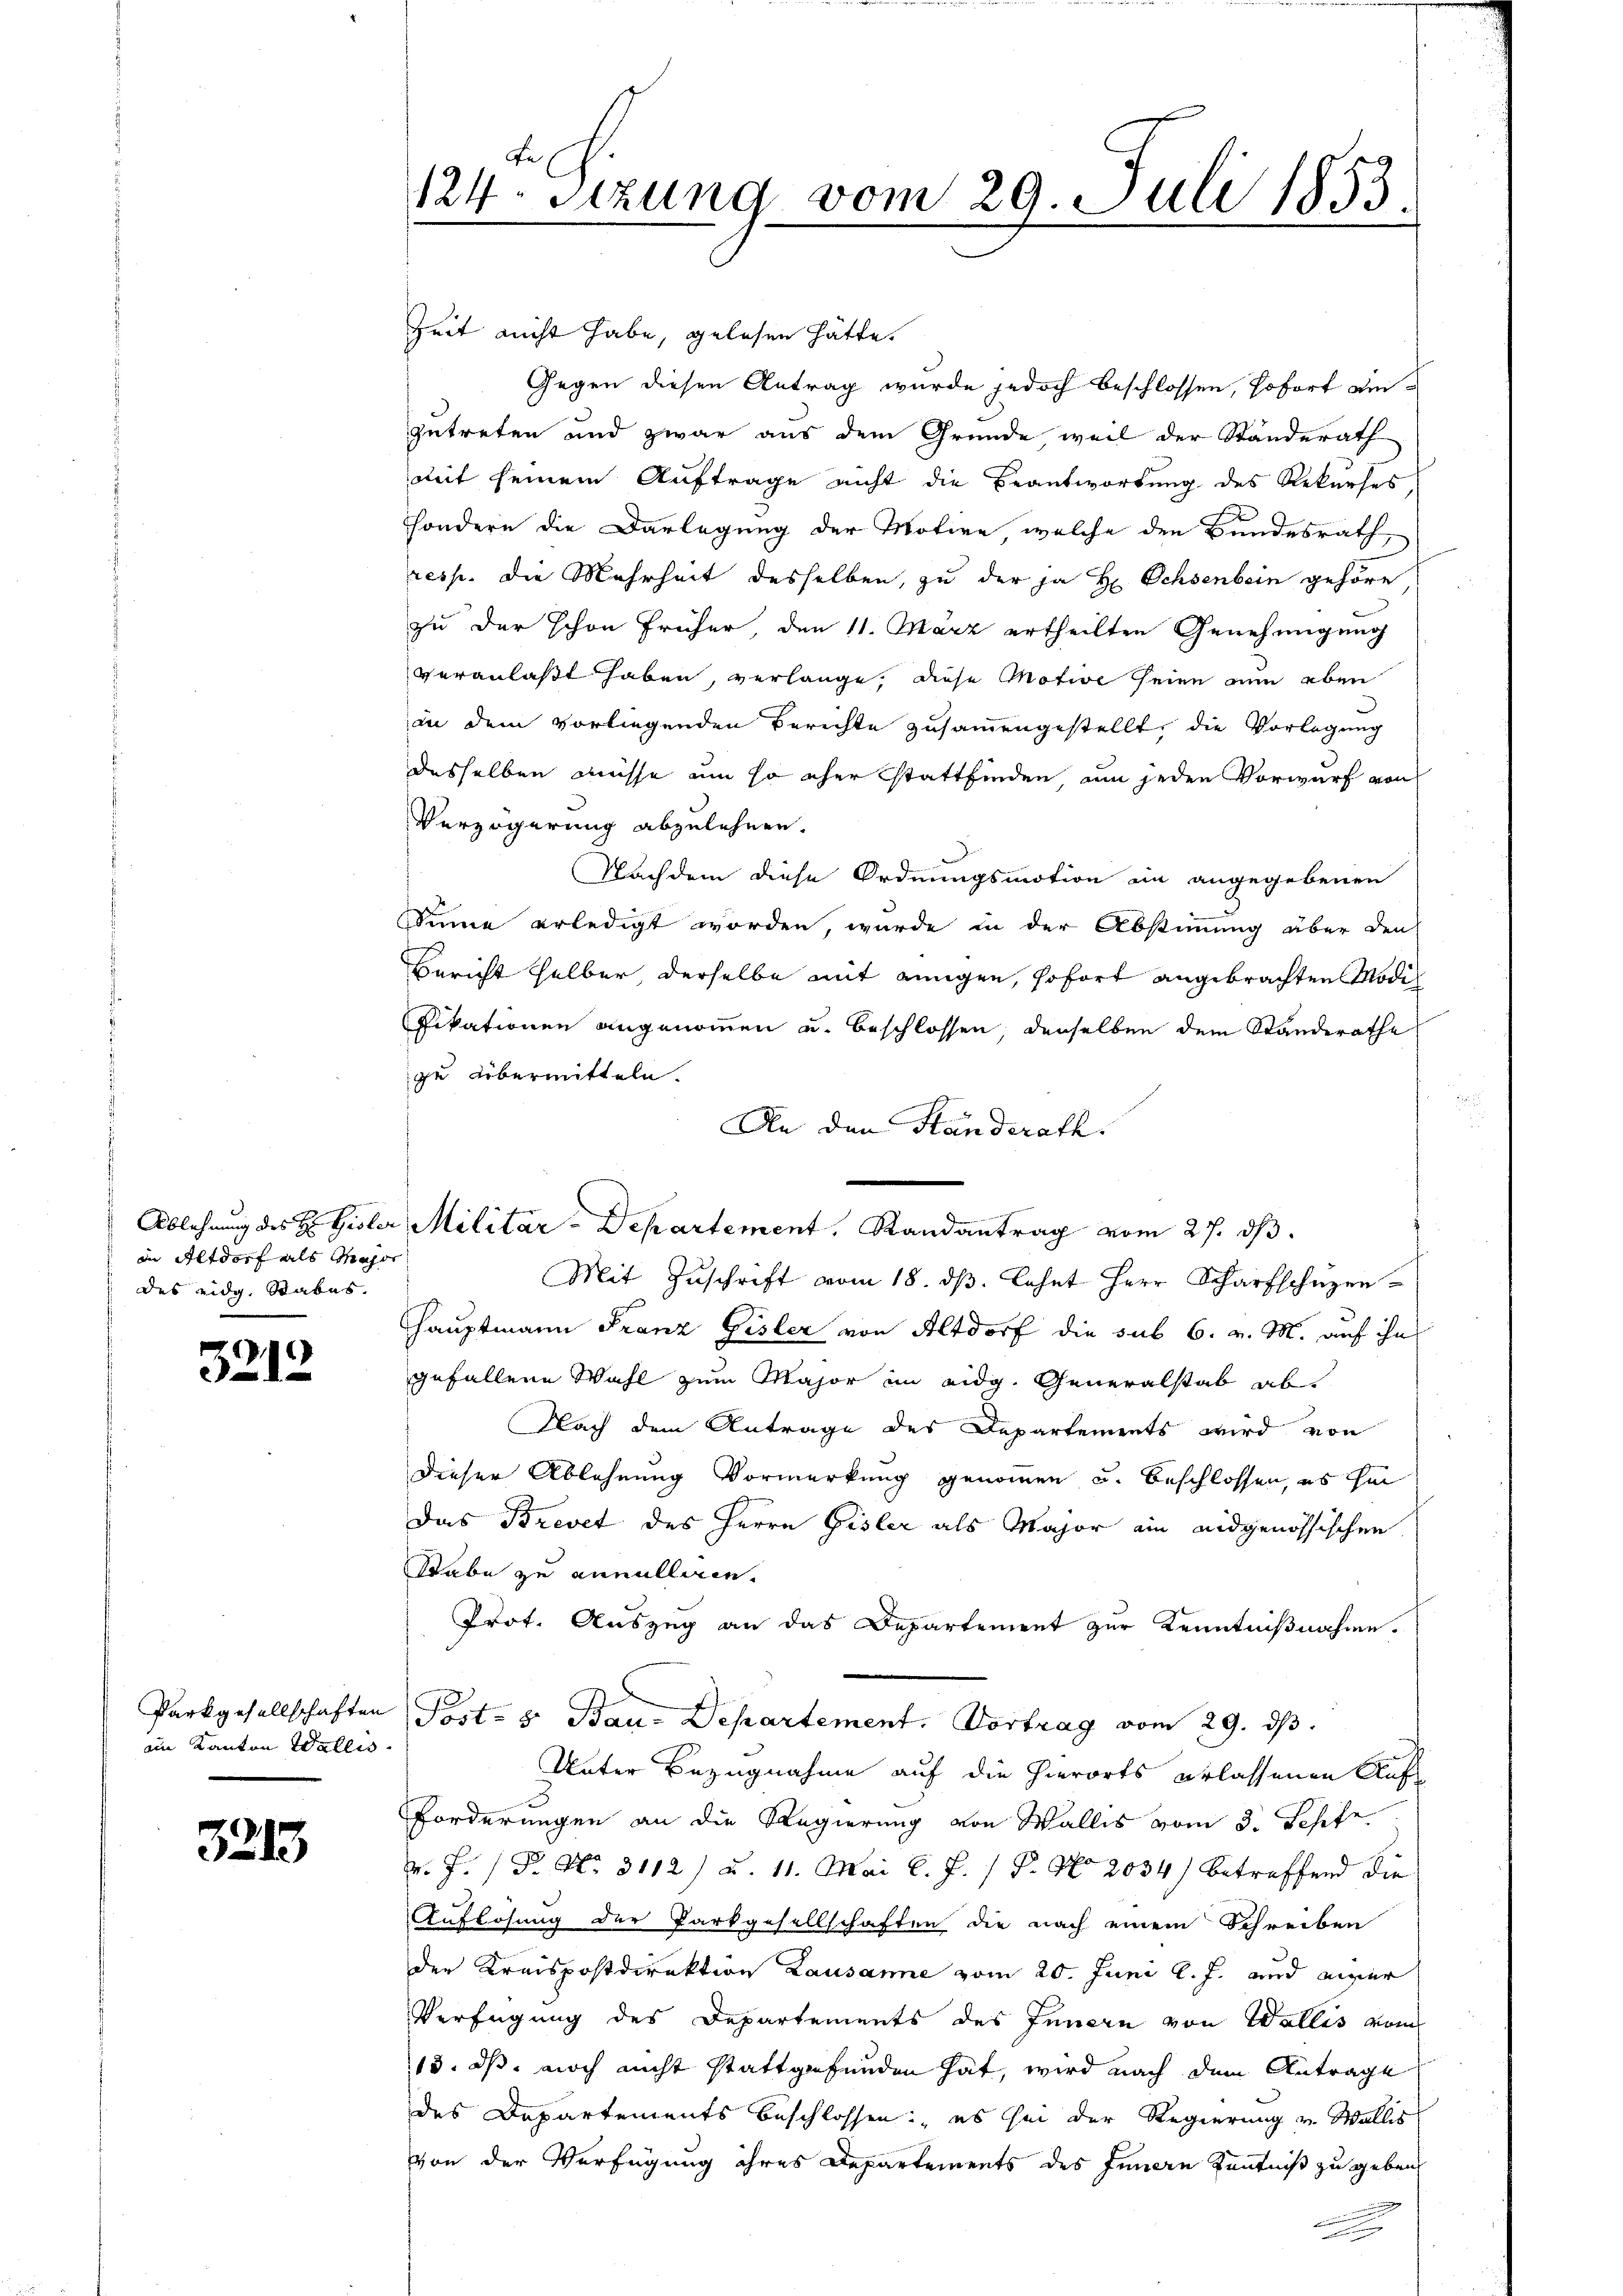
in Altdorf als Major
des eidg. Stabes.

5212

ain Kanton Wallis.

3213

Zeit nicht habe, gelesen hätte.
Gegen diesen Antrag wurde jedoch beschlossen, sofort einzutreten und zwar aus dem Grunde weil der Standerath
mit seinem Auftrage nicht die Beantwortung des Rekurses
sondern die Darlegung der Motive, welche den Bundesrath,
resp. die Mehrheit desselben, zu der ja H Ochsenbein gehöre
zu der schon früher, den 11. März ertheilten Genehmigung
veranlaßt haben, verlange, diese Motive seien nun eben
an dem vorliegenden Berichte zusammengestellt, die Vorlegung
desselben müsse um so eher stattfinden um jeden Vorwurf von
Verzögerung abzulehnen.
Nachdem diese Ordnungsmotion in angegebenen
Sinne erledigt worden, wurde in der Abstimmung über den
Bericht selber, derselbe mit einigen, sofort angebrachten Modifikationen angenommen u. beschlossen, denselben dem Standerathe
zu übermitteln.
An den Standerath
Ablehnung des H. Gisler Militär-Departement, Randantrag vom 27. dβ.
Mit Zŭschrift vom 18. dβ. Lahnt Herr Scharfschüzen¬
Hauptmann Franz Gisler von Altdorf die sub 6. v. M. auf ihn
gefallene Wahl zum Major im eidg. Generalstab ab
Nach dem Antrage des Departements wird von
dieser Ablehnung Vormerkung genommen und beschlossen, es hin
Das Brevet des Herrn Gisler als Major ein eidgenössischen
Rabe zu annulliren.
Prot. Auszug an das Departement zur Kenntnißnahme.
Parkgesellschaften Post- & Bau-Departement. Vortrag vom 29. ds.
Unter Bezugnahme auf die hierorts erlassenen Auf¬
Forderungen an die Regierung von Wallis vom 3. Josefe
. F. P. Nr. 3112) u. 11. Mai l. J. / P. No 2034) betreffend die
Auflösung der Parkgesellschaften die nach einem Schreiben
der Kreispostdirektion Lausanne vom 20. Juni l. J. und einer
Verfügung des Departements des Innern von Wallis vom
18. ds noch nicht stattgefunden hat, wird nach dem Antrage
des Departements beschlossen, es sei der Regierung u. Wallis
von der Verfügung ihres Departements des Innern Kenntniß zu geben
.

124. Sitzung vom 29. Juli 1853.